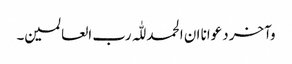
وآخر دعوانا ان الحمد للّٰہ رب العالمین۔